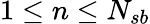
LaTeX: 1\leq n\leq N_{sb}